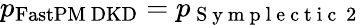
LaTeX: p_{\mathrm{FastPM\ DKD}}=p_{\mathrm{~S~y~m~p~l~e~c~t~i~c~\ 2~}}